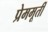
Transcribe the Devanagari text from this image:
प्रेममूर्ती